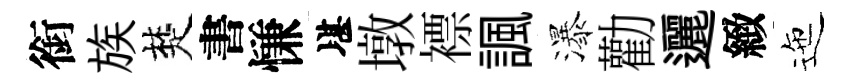
銜族楚書慊堪墩褾諷瀑勸邐緻迤